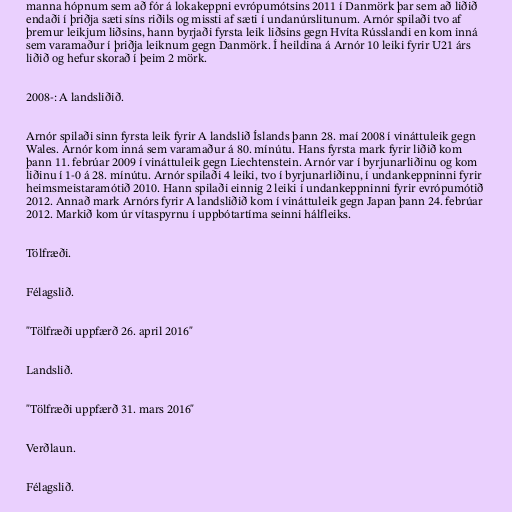
manna hópnum sem að fór á lokakeppni evrópumótsins 2011 í Danmörk þar sem að liðið
endaði í þriðja sæti síns riðils og missti af sæti í undanúrslitunum. Arnór spilaði tvo af
þremur leikjum liðsins, hann byrjaði fyrsta leik liðsins gegn Hvíta Rússlandi en kom inná
sem varamaður í þriðja leiknum gegn Danmörk. Í heildina á Arnór 10 leiki fyrir U21 árs
liðið og hefur skorað í þeim 2 mörk.

2008-: A landsliðið.

Arnór spilaði sinn fyrsta leik fyrir A landslið Íslands þann 28. maí 2008 í vináttuleik gegn
Wales. Arnór kom inná sem varamaður á 80. mínútu. Hans fyrsta mark fyrir liðið kom
þann 11. febrúar 2009 í vináttuleik gegn Liechtenstein. Arnór var í byrjunarliðinu og kom
liðinu í 1-0 á 28. mínútu. Arnór spilaði 4 leiki, tvo í byrjunarliðinu, í undankeppninni fyrir
heimsmeistaramótið 2010. Hann spilaði einnig 2 leiki í undankeppninni fyrir evrópumótið
2012. Annað mark Arnórs fyrir A landsliðið kom í vináttuleik gegn Japan þann 24. febrúar
2012. Markið kom úr vítaspyrnu í uppbótartíma seinni hálfleiks.

Tölfræði.

Félagslið.

"Tölfræði uppfærð 26. april 2016"

Landslið.

"Tölfræði uppfærð 31. mars 2016"

Verðlaun.

Félagslið.